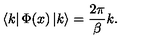
\left\langle k \right| \Phi ( x ) \left| k \right\rangle = \frac { 2 \pi } { \beta } k .